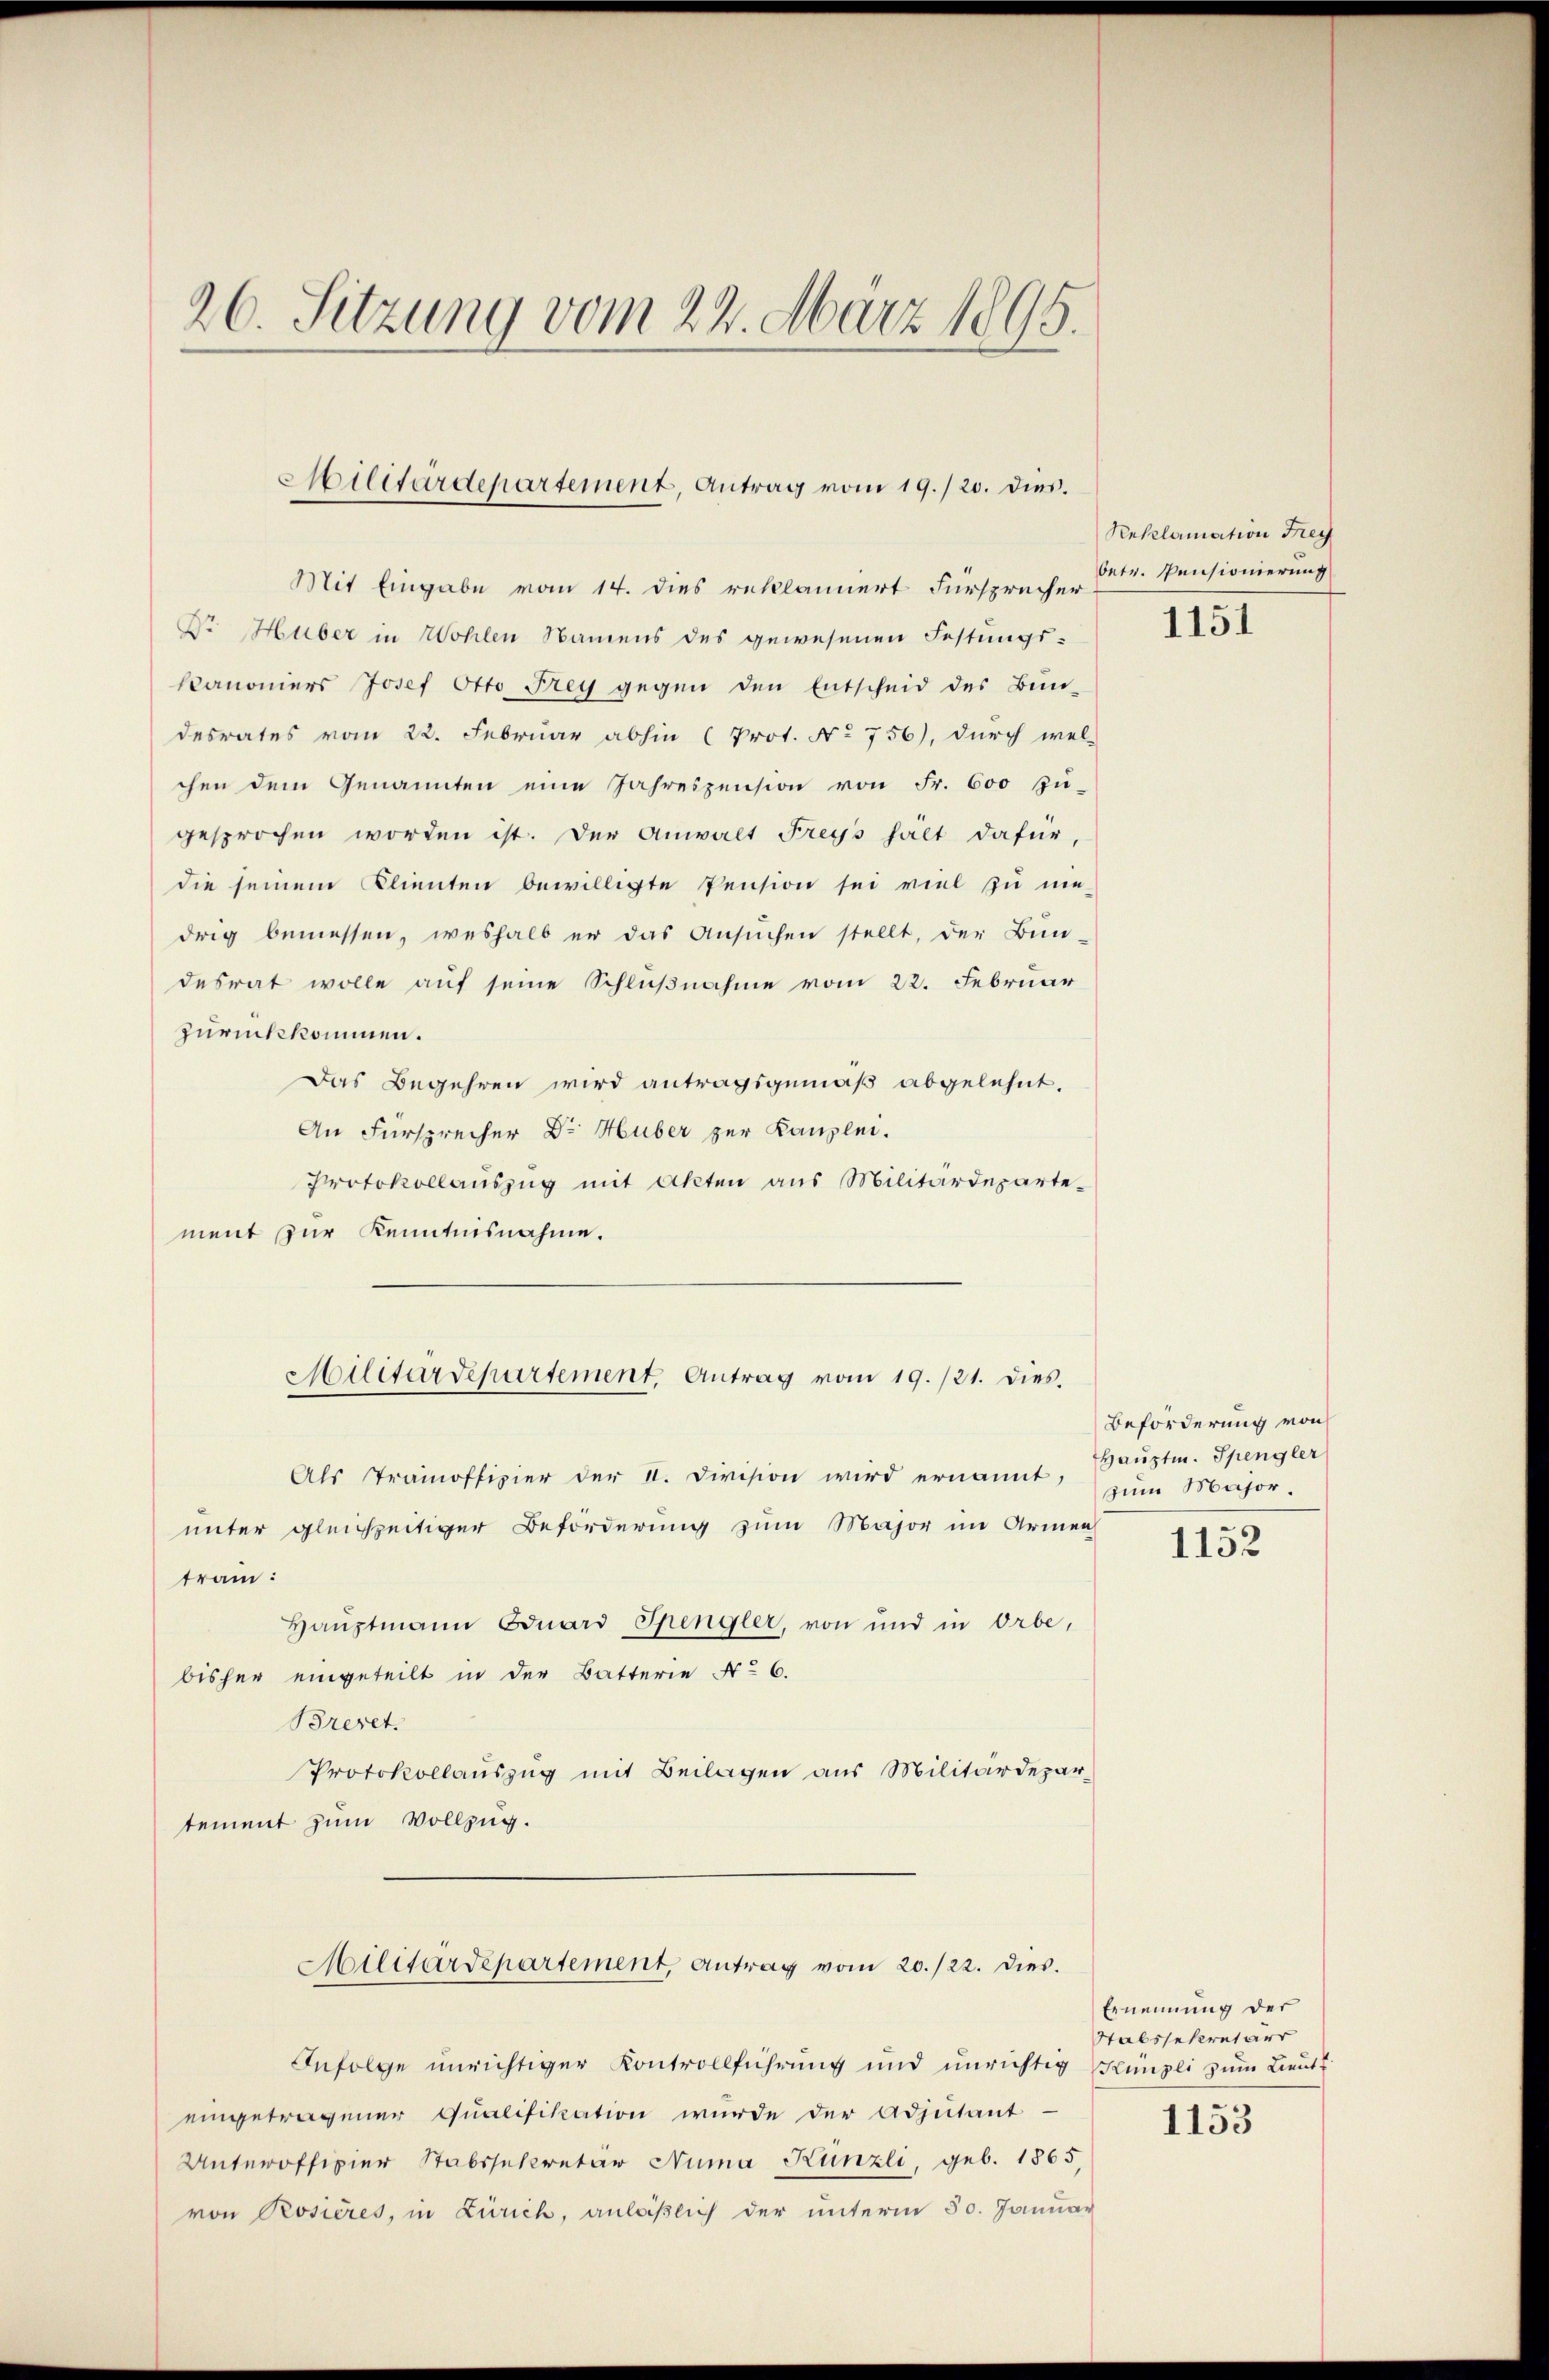
26. Sitzung vom 22. März 1895.

Militärdepartement, Antrag vom 19./20. dies.

Mit Eingabe vom 14. dies reklamiert Fürsprecher
Dr Huber in Wohlen Namens des gewesenen Festungs-
kanoniers Josef Otto Frey gegen den Entscheid des Bŭn-
desrates vom 22. Februar abhin (Prot. No 756), durch wel-
chen dem Genannten eine Jahreszension von Fr. 600 zu-
gesprochen worden ist. Der Anwalt Freys hält dafür,
die seinem Klienten bewilligte Pension sei viel zu nie-
drig bemessen, weshalb er das Ansŭchen stellt, der Bun-
desrat wolle auf seine Schlußnahme vom 22. Februar
zurückkommen.
Das Begehren wird antragsgemäβ abgelehnt.
An Fürsprecher Dr. Huber zur Kanzlei.
Protokollaŭszŭg mit Akten aus Militärdeparte-
ment zur Kenntnisnahme.
Als Tramoffizier der II. Division wird ernannt,
unter gleichzeitiger Beförderung zum Major im Armen
tram:
Haŭptmann Eduard Spengler, von und in Orbe,
bisher eingeteilt in der Batterie No 6.
Breret.
Protokollauszug mit Beilagen aus Militärdepartement zum Vollzug.
Militärdepartement, Antrag vom 20./22. dies
Infolge unrichtiger Kontrollführung und unrichtig Künzli zum Lieute
eingetragener Qualifikation wurde der Adjutant
Unterofficier Stabssekretär Numa Künzli, geb. 1865
von Rosières, in Zürich, anläßlich der unterm 50. Januar

Militärdepartement, Antrag vom 19. /21. dies

Sekelamation Frey
betr. Pensionierung

1151

Beforderung von
Hauptm. Spengler
zum Major.

1152

Ernennung der
Stabssekretärr
1153